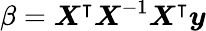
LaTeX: \beta=\boldsymbol{X}^{\intercal}\boldsymbol{X}^{-1}\boldsymbol{X}^{\intercal}\boldsymbol{y}